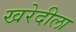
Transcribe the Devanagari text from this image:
खरेदीला